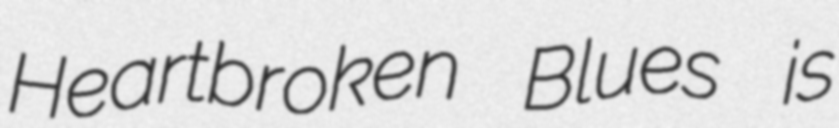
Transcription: Heartbroken Blues is